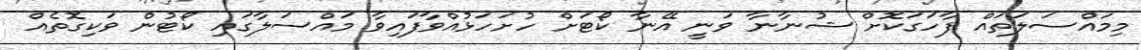
މިމައްސަލަތައް ފާހަގަކޮށް ޝުނާނާ ވަނީ އޭނާ ކޯޓަށް ހުށަހަޅުއްވާފައިވާ މައްސަލާގައި ކޯޓުން ވަކިގޮތެއް